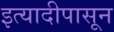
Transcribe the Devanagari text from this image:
इत्यादीपासून